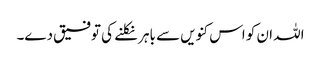
اللہ ان کو اس کنویں سے باہر نکلنے کی توفیق دے۔